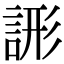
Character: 𧨘